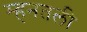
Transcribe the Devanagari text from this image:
म्हनतली